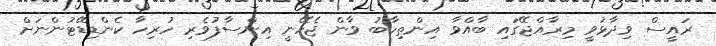
ރައީސް ވިދާޅުވީ މިރާއްޖޭގައި ބާއްވާ އިންތިހާބު ވާން ޖެހޭނީ އިންސާފުވެރި ހުރިހާ ކެންޑިޑޭޓުންނަށް